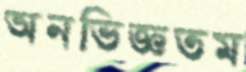
অনভিজ্ঞতম